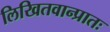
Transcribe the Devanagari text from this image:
लिखितवान्प्रातः